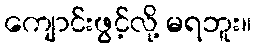
ကျောင်းဖွင့်လို့ မရဘူး။